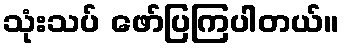
သုံးသပ် ဖော်ပြကြပါတယ်။